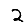
Digit: 2